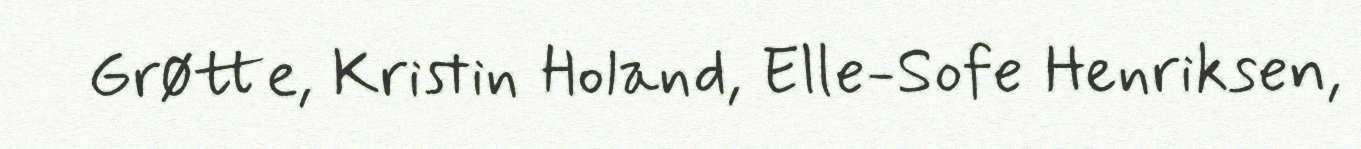
Grøtte, Kristin Holand, Elle-Sofe Henriksen,